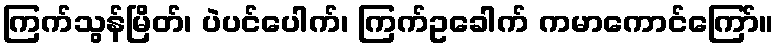
ကြက်သွန်မြိတ်၊ ပဲပင်ပေါက်၊ ကြက်ဥခေါက် ကမာကောင်ကြော်။